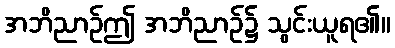
အဘိညာဉ်ဤ အဘိညာဉ်၌ သွင်းယူရ၏။